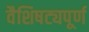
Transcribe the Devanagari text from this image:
वैशिषट्यपूर्ण